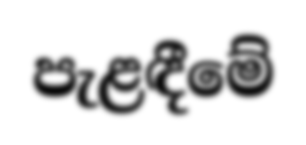
පැළඳීමේ